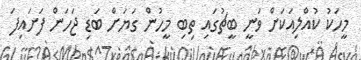
މީހަކު ކުއްލިއަކަށް ވަނީ ބީޗުގައި ތިބި މީހުން ގަޔަށް ބަޑި ޖަހަން ފަށައިފަ